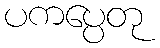
ပကပ္ပေတု